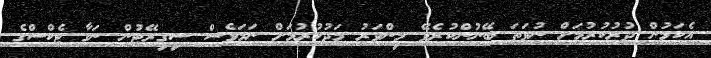
އެކަމުން ދުރުކުރުމަށް ނުވަތަ ބޭނުންކުރެވޭ މިންވަރު މަދުކުރުމަށް ނަމަވެސް ސިގިރޭޓުން ނަގާ ޓެކްސްގެ